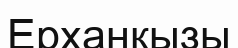
Ерханқызы